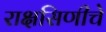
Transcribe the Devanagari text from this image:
राक्षसिणीचे